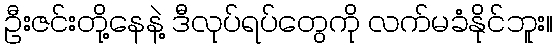
ဦးဇင်းတို့နေနဲ့ ဒီလုပ်ရပ်တွေကို လက်မခံနိုင်ဘူး။